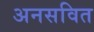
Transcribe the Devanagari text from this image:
अनसवित